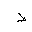
Letter: _da